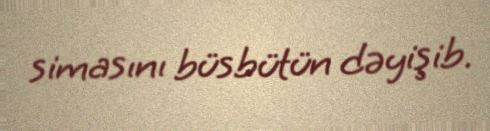
simasını büsbütün dəyişib.